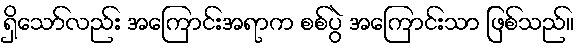
ရှိသော်လည်း အကြောင်းအရာက စစ်ပွဲ အကြောင်းသာ ဖြစ်သည်။